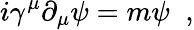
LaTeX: i\gamma^{\mu}\partial_{\mu}\psi=m\psi\; \; ,